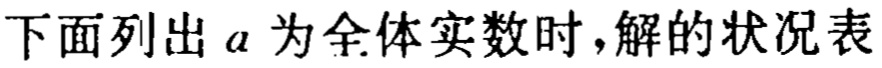
下面列出 \(a\) 为全体实数时，解的状况表